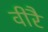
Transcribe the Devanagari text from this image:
वीरै